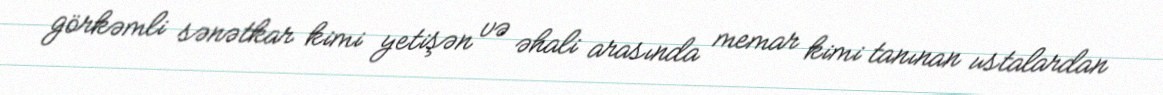
görkəmli sənətkar kimi yetişən və əhali arasında memar kimi tanınan ustalardan